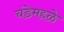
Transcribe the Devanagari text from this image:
चंडेमद्दळे